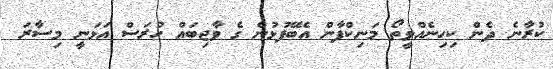
ކުރާނެ ދެން ކިހިނެއްވީތޯ މަނިކްފާން އެބޭފުޅުން ގެ ވާޖިބައް ހުރަސް އަޅަނީ މިސާރަ